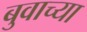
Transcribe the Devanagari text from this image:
बुवाच्या